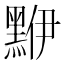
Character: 𪑁